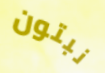
نبتون